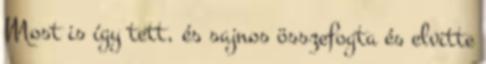
Most is így tett, és sajnos összefogta és elvitte